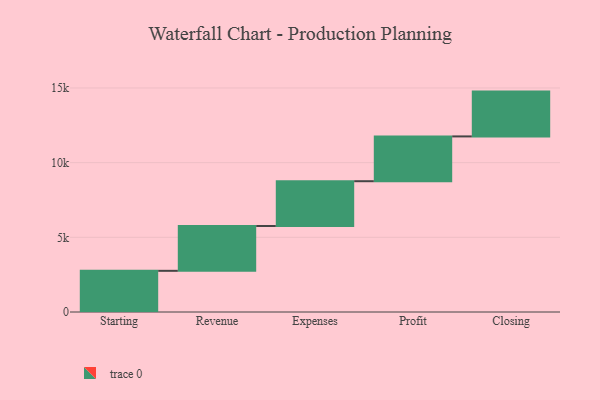
{"axis": {"x": "Step", "y": "Value"}, "legend": [""], "data": [{"x": "Starting", "y": 2757.0, "type": ""}, {"x": "Revenue", "y": 3000, "type": ""}, {"x": "Expenses", "y": 3000, "type": ""}, {"x": "Profit", "y": 3000, "type": ""}, {"x": "Closing", "y": 3000, "type": ""}]}